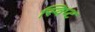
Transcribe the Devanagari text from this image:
स्विप्ट